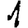
Digit: 1